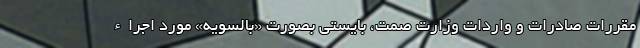
مقررات صادرات و واردات وزارت صمت، بایستی بصورت «بالسویه» مورد اجراء